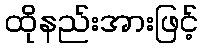
ထိုနည်းအားဖြင့်